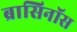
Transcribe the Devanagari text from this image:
ब्रासिनॉस